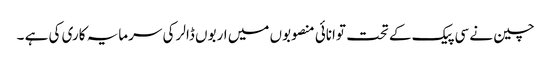
چین نے سی پیک کے تحت توانائی منصوبوں میں اربوں ڈالر کی سرمایہ کاری کی ہے ۔